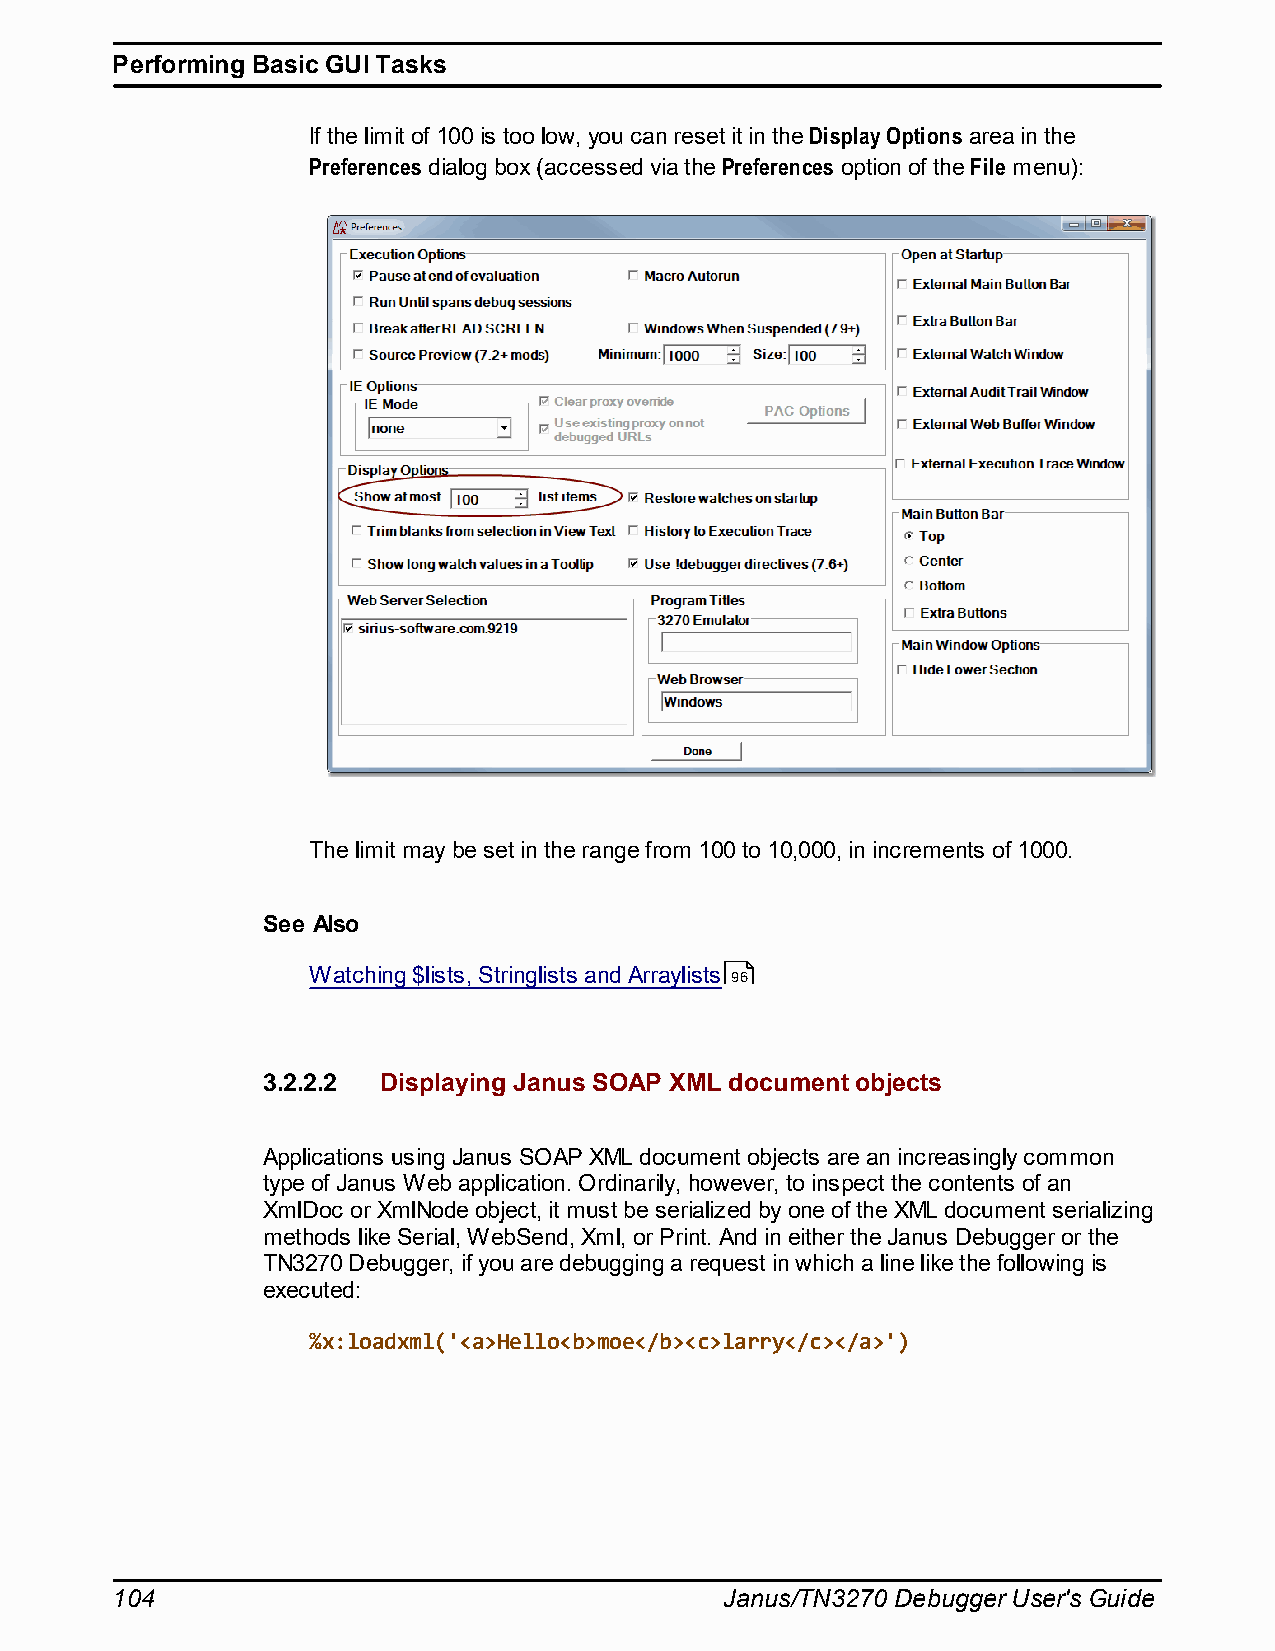
Performing Basic GUI Tasks
 If the limit of 100 is too low, you can reset it in the Display Options area in the
 Preferences dialog box (accessed via the Preferences option of the File menu):
 The limit may be set in the range from 100 to 10,000, in increments of 1000.
 See Also
 Watching $lists, Stringlists and Arraylists 96
 3.2.2.2 Displaying Janus SOAP XML document objects
 Applications using Janus SOAP XML document objects are an increasingly common
 type of Janus Web application. Ordinarily, however, to inspect the contents of an
 XmlDoc or XmlNode object, it must be serialized by one of the XML document serializing
 methods like Serial, WebSend, Xml, or Print. And in either the Janus Debugger or the
 TN3270 Debugger, if you are debugging a request in which a line like the following is
 executed:
 %x:loadxml('<a>Hello<b>moe</b><c>larry</c></a>')
 104                                      Janus/TN3270 Debugger User's Guide